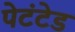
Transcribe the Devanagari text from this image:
पेटंटेड